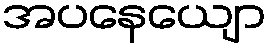
အပနေယျော